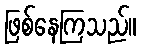
ဖြစ်နေကြသည်။